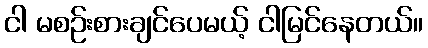
ငါ မစဉ်းစားချင်ပေမယ့် ငါမြင်နေတယ်။